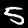
Digit: 5